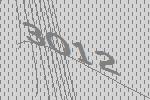
3012